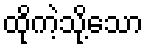
ထိုကဲ့သို့သော